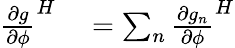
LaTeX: \begin{array}{rl}{{\frac{\partial g}{\partial\phi}}^{H}}&{{}=\sum_{n}{\frac{\partial g_{n}}{\partial\phi}}^{H}}\end{array}